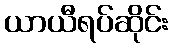
ယာယီရပ်ဆိုင်း